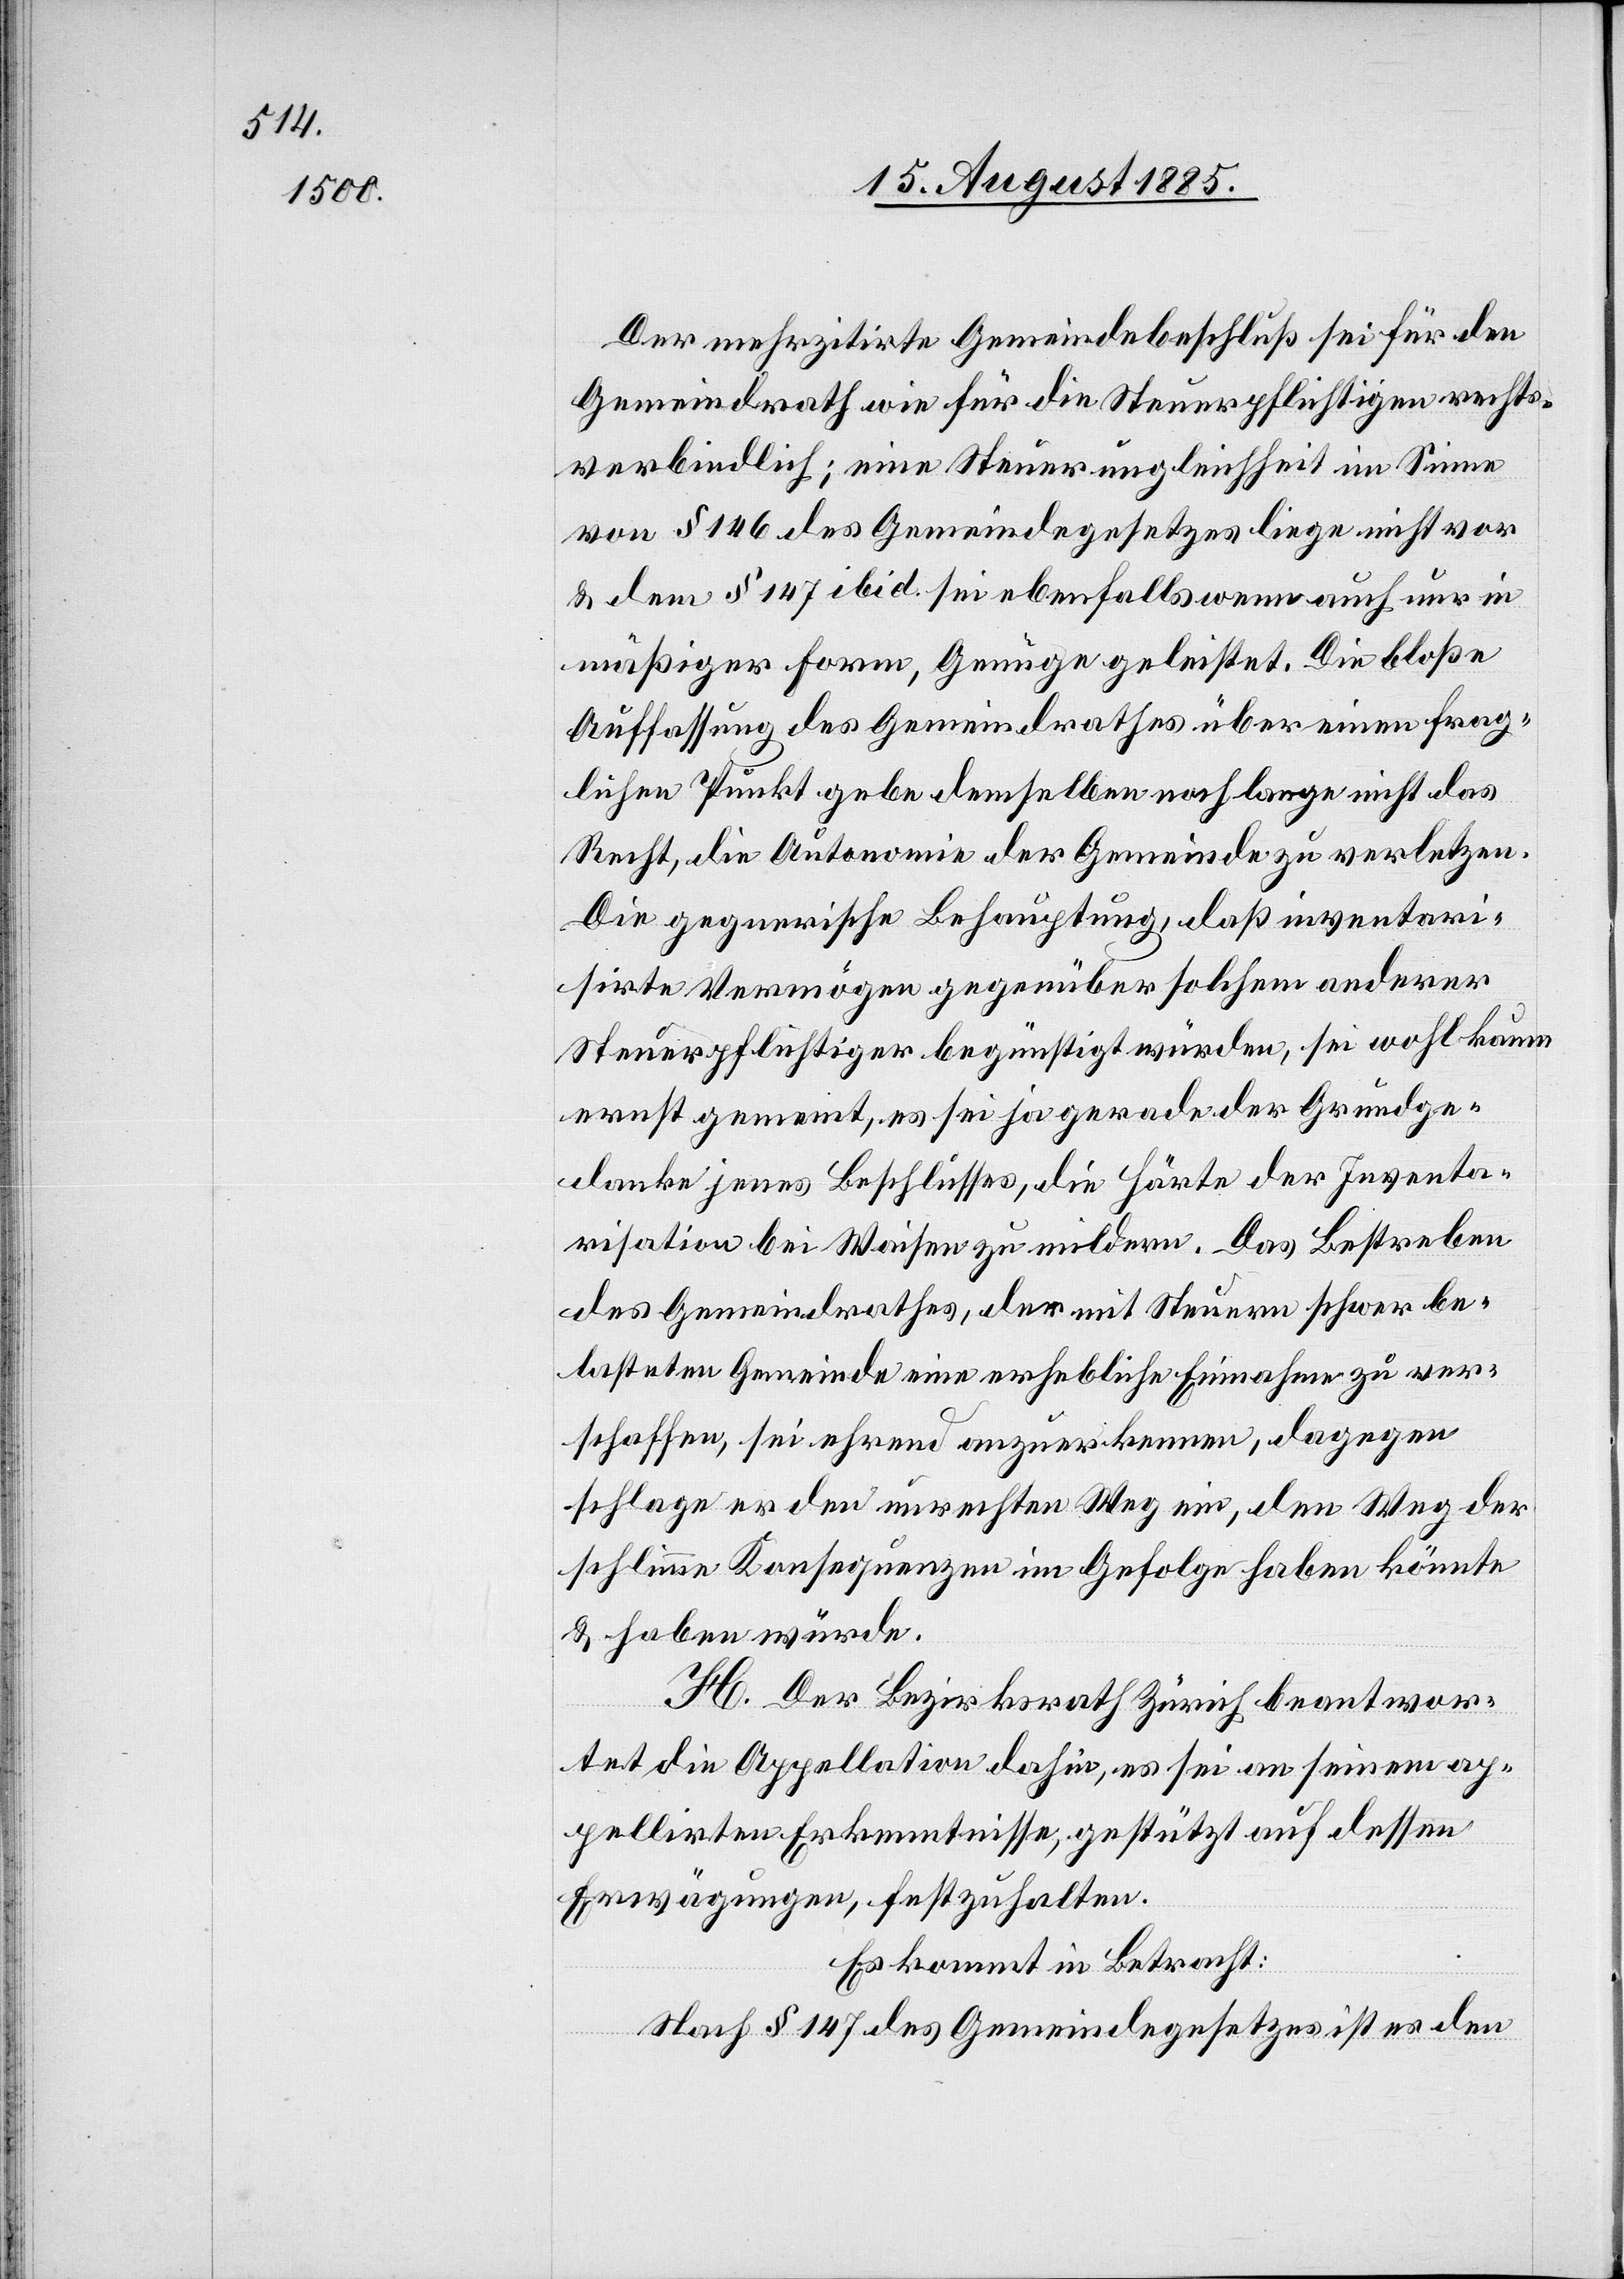
Der mehrzitirte Gemeindebeschluß sei für den
Gemeindrath wie für die Steuerpflichtigen rechts¬
verbindlich; eine Steuerungleichheit im Sinne
von § 146 des Gemeindegesetzes liege nicht vor
& dem § 147 ibid. sei ebenfalls wenn auch nur in
mäßiger Form, Genüge geleistet. Die bloße
Auffassung des Gemeindrathes über einen frag¬
lichen Punkt gebe demselben noch lange nicht das
Recht, die Autonomie der Gemeinde zu verletzen.
Die gegnerische Behauptung, daß inventari¬
sirte Vermögen gegenüber solchem anderer
Steuerpflichtiger begünstigt würden, sei wohl kaum
ernst gemeint, es sei ja gerade der Grundge¬
danke jenes Beschlusses, die Härte der Inventa¬
risation bei Waisen zu mildern. Das Bestreben
des Gemeindrathes, der mit Steuern schwer be¬
lasteten Gemeinde eine erhebliche Einnahme zu ver¬
schaffen, sei ehrend anzuerkennen, dagegen
schlage er den unrechten Weg ein, den Weg der
schlimme Konsequenzen im Gefolge haben könnte
& haben würde.
H. Der Bezirksrath Zürich beantwor¬
tet die Appellation dahin, es sei an seinem ap¬
pellirten Erkenntnisse, gestützt auf dessen
Erwägungen, festzuhalten.
Es kommt in Betracht:
Nach § 147 des Gemeindegesetzes ist es den